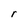
Character: r